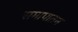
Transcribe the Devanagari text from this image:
समापातन